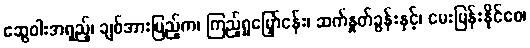
ဆွေဝါးအရှည့်၊ ချစ်အားပြည့်က၊ ကြည့်ရှုမြှော်ငန်း၊ ဆက်နှုတ်ခွန်းနှင့်၊ မေးမြန်းနိုင်စေ၊